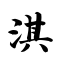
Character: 淇